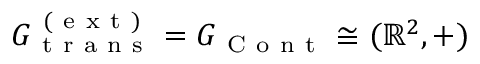
G _ { \mathrm { ~ t ~ r ~ a ~ n ~ s ~ } } ^ { \mathrm { ~ ( ~ e ~ x ~ t ~ ) ~ } } = G _ { \mathrm { ~ C ~ o ~ n ~ t ~ } } \cong ( \mathbb { R } ^ { 2 } , + )